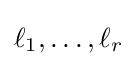
\ell _{1},\ldots ,\ell _{r}